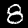
Digit: 8